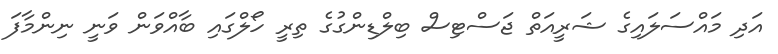
އަދި މައްސަލައިގެ ޝަރީއަތް ޖަސްޓިސް ބިލްޑިންގުގެ ތިރީ ހޯލްގައި ބާއްވަން ވަނީ ނިންމާފަ